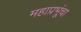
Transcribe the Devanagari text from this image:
महाप्रभूंचा